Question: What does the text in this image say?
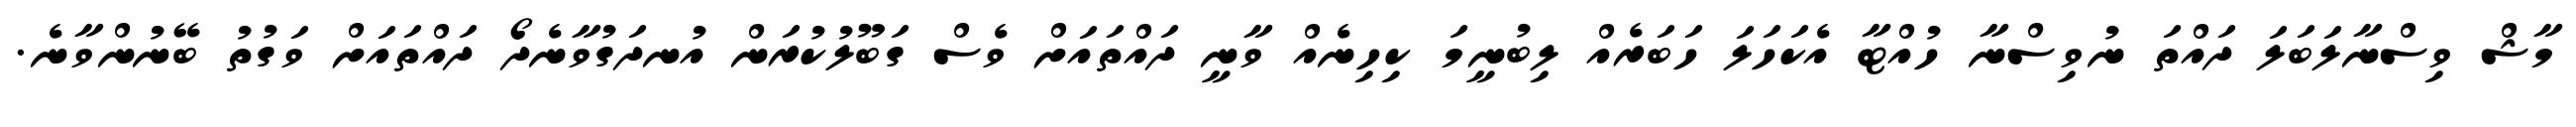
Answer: މާޝް ވިސްނާލަބަލަ ދައްތަ ނުވިސްނާ ހުއްޓާ އެކަހަލަ ހަބަރެއް ލިބުނީމަ ކިހިނެއް ވާނީ ދައްތައަށް ވެސް ގަބޫލުކުރަން އުނދަގުވާނެދޯ ދައްތައަށް ވަގުތު ބޭނުންވާނެ.